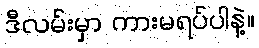
ဒီလမ်းမှာ ကားမရပ်ပါနဲ့။